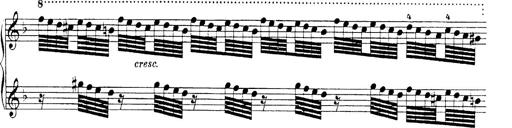
Title: Hungarian Rhapsody No.19
Composer: Franz Liszt
Key: D minor